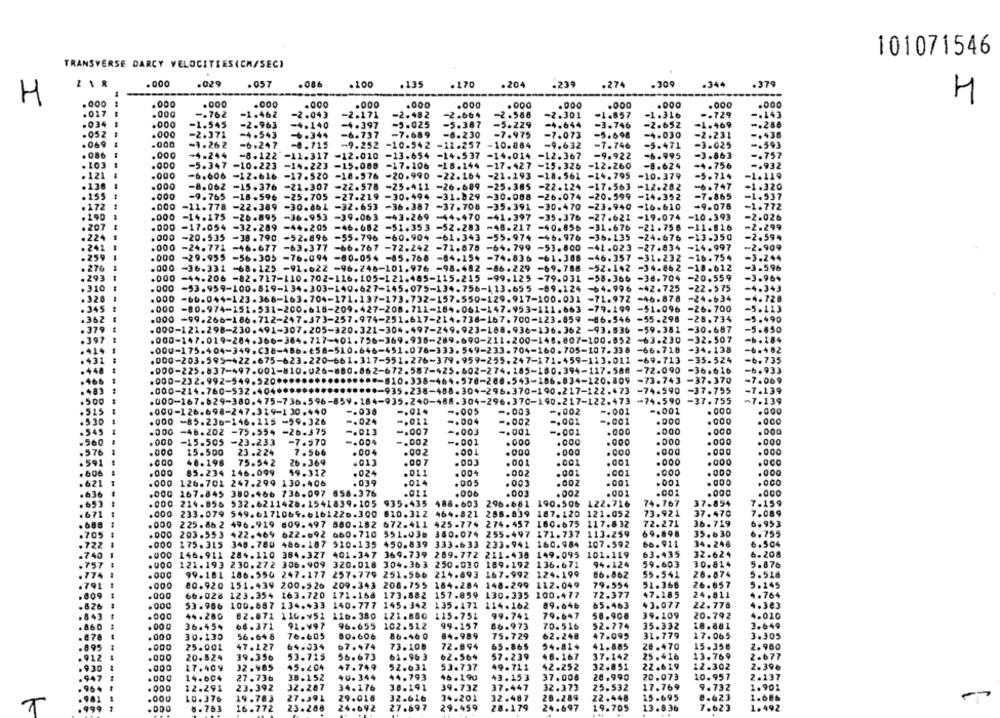
101071546
TRANSVERSE DARCY VELOCITIES(CM/SEC)
.029
.057
.086
.100
.135
.170
.204
-239
.274
.309
.344
.379
H
H
.000
.000
.000
.000
.000
.000
.000
.000
.000
.000
.000
.000
.000
.017
.000
-. 762
-1.462
-2.043
-2.171
-2.482
-2.664
-2.588
-2.301
-1.857
-1.316
-. 729
-. 143
-. 288
.034
.000
-1.545
-2.963
-4.140
-4.397
-5.025
-5.387
-5.229
-4.644
-3.746
-2.652
-1.469
.052
.000
-2.372
-4.543
-6.344
-6.737
-7.689
-6.230
-7.975
-7.073
-5.698
-4.030
-2.231
-. 438
.069
-9. 26 2
-6.247
-0.715
-9-252
-10-542
~11.257
-10.864
-9.632
-7.746
-5.471
-3.025
-. 593
. 086
.000
-4-244
-8.122
=11.317 -12.010
-13.654
-14.537
-14.014
-12.367
-9.922
-6.995
-3.863
-. 757
. 103
.000
-5.347
-10.223
-14.223
-15.060
-17.106
-18.144 -17.427
-15.325
-12.260
-8.624
-4.756
-. 932
---
. 121
.000
-6.606
-12.616
-17.520 -18.576
-20.990
-22.164 -21.193 -18.561 -14.795
-10.379
-5.714
-1.119
. 136
.000
-8.062
-15.376
-21.307
-22.578
-25.411
-26.689
-25.385
-22.124 -17.563 -12.282
-6.747
-1.320
.155
.000
-9.765
-18.596
-25.705 -27.219
-30.494
-31.829
-30.088 -26.074
-20.599 -14.352
-7.865
-1.537
. 172
-11.778 -22.389
-30.861 -32.653 -36.387 -37.708 -35.391 -30.470
-23.940 -16.610
-9.078
-1.772
. 290
.000
-26.895 -36.953 -39.063 -43.269 -44.470 -41.397 -35.376
-27.621 -19.074 -10.393
-2.026
-14.175
. 207
.000
-17.054 -32.289
-44.205 -46.662 -51.353
-52.283
-48.217 -40.856 -31.676 -21.756 -11.816
-2.299
.224
.000
-20.535 -38.790
-52.896 -55.796 -60.904 -61.343 -55.974 -46.976 -36.135 -24.676 -13.350
-2.594
. 241
.000
-24,771 -46.677 -63.377 -66.767 -72.242 -71.675 -64.799
-53.800 -41.023 -27.834 -14.997
-2.909
259
.000
-29.955 -56-305 -76.094 -80.054 -85.768 -84.154 -74.836 -61.308
-46.357 -31.232
-16.754
-3.244
. 276
.000 -36.331 -68.125 -91.622 -96.248-101.976 -98.482 -86.229 -69.788
-52.142 -34.862 -18.612
-3.596
.293
000 -44-206 -82.717-110.702-116.105-121.485-115.215 -99.125 -79.031 -58.366 -38.704 -20.559
-3.964
.310
000 -53.959-100.819-134.303-140.627-145.075-134.756-113.655 -89.124 -64.996 -42.725
-22.575
-4.343
. 32
000 -66.044-123.368-163.704-171.137-173.732-157.550-129.917-100.031 -71.972 -46.878
-24.634
-4.728
345
000 -80.974-151.532-200.618-209.427-208.711-184.061-147.953-111.663 -79.199 -51.096
-26.700
-5.113
362
000 -99.266-186.712-247.373-257.974-251.617-214.738-167.700-123.859 -86.546
=55.298
-28.734
-5.490
000-121.298-230.491-307.205-320.321-304.497-249.923-188.936-136.362 -93.536 -59.381
-30.687
-5.650
-b. 184
000-147.019-284.366-384.717-401.756-369.938-289.690-211.200-148.807-100.852 -63.230
-32.507
.000-175.404-349.C38-486-658-510.646-451.078-333.549-233.704-160.705-107.338 -66.718
-34.138
-0.482
-35-524
-b.735
.000-203.595-422.675-623.220-661.317-551.276-379.959-255.247-171.459-113.011
-69.713
000-225.837-497.001-810.026-880.862-672.587-425.602-274.185-180.394-117.588
-72.090
-36.616
-6.933
⑉000-232.992-549.520 ***
⑈000-810.338-464-570-288.543-186.834-120.809
-73.743
-37.370
-7.069
000-214.760-532.40400
*****- 935.238-488.304-296.370-190.217-122.473
-74.590
-37.755
-7.139
.500
000-167.629-380.475-736.596-859.184-935.240-488.304-296.370-190.217-122.473
-74.590
-37.755
7.139
.515
-. 005
-. 003
-. 001
. 000
.000
.000-126.698-247.319-130.440
-. 036
-. 014
-. 002
-. 001
.530
.000 -85.236-146.115 -59.326
-. 024
-. 012
-. 004
-. 002
-. 001
-. 001
.000
.545
.000
-46.202 -75.554 -26.375
-. 013
-. 007
-. 003
-. 001
-. 001
.000
.000
. 000
.000
.560
.OGD
-15.505
-23.233
-7.570
-. 002
-. 001
.000
.000
.000
.000
.000
.576
.000
15.500
23.224
7.566
. 004
.002
.000
. COO
.000
.000
.000
.000
.591
.000
48.198
75.542
26.369
.013
.007
.001
.001
.001
.000
. 606
.000
85.234
146.099
59.312
.024
.011
. 004
.002
.001
.001
.000
.ODO
.000
.000
.621
.000
126.701 247.299 130.406
. 039
.014
.005
. 003
.002
.001
.001
.636
167.845
380.466 736.097 858.376
.011
.006
.003
.00Z
.001
.001
.000
.000
. 653
.000
214.856
532.6211426.1541839.105
935.435
488.603
296.681
190.506
122.716
74.767
37.854
7.159
.671
233.079 549.6171069.6161220.300
810.312
464.821 256.839
187.120
121.052
73.921
37.470
7.089
. 688
. 000
225.862 496.919 809.497 880.182
672.411 425-774 274.457
180.675 117.832
72.271
36.719
6.953
69.898
6.755
.705
203.553
422.469
622.692 660.710 551.036 380.074 255.497 171.737 113.259
35.630
.722
.000
175.315 348.780
486-187 510-135 450.839 333.633 233.941 160.984 107.592
66.911
34.246
6.504
101.119
63.435
32-624
6.208
.740
146.911 284.110 384.327 401.347 369.739 269.772 211.438
149.095
.757
121.193 230.272 306.909 320.018 304.363 250.030 189.192 136.671
94.124
59.603
30.814
5.876
.774
.000
99.181 186.550 247.177 257.779 251.566 214.893 167.992 124.199
86.862
55.541
26.874
5.516
.791
.000
80.920 151.439 200.526 209.343 208.755 184.284 148.299 112.049
79.554
51.366
26.857
5.145
.009
.000
66.028
123.354 163.720 171.168
173.882 157.859 130.335 100.477
72.377
47.185
24.811
4.764
.000
100.687 134.433 140.777 145.342
135.171 114.162
65.463
43.077
22.778
4.303
.826
53.966
89.646
.843
.000
44.280
82.872 116.v52
116.380
121.860
115.751
99.741
79.647
58.908
39.109
20.792
4.010
.860
.000
36.454
66.371
91.997
96.655
102.512
99.157
86.973
70.516
52.774
35.332
18.881
3.649
.97
.000
30.130
56.64 8
76-605
80.606
86.460
84.989
75.729
62.248
47.095
31.779
17.065
3.305
.895
.000
25.002
47. 127
64.034
67.474
73.108
72.894
65.865
54.819
41.885
28.470
15.358
2.960
20.824
39.356
53.715
55.673
61.963
62.564
57.239
46. 167
37.142
25.416
13.769
2.677
17.409
32.985
45.204
47.749
52.632
53.737
49.721
42.252
32.851
22.619
12.302
2.396
4U.344
44.793
20.073
2.137
. 94
14.604
27.736
38.152
45.190
43.153
37.006
26.990
10.957
.96
12.291
23.392
32.287
34.176
38.191
39.732
37.447
32.373
25.532
17.769
9.732
1.901
.000
10.376
19.783
27.391
29.016
32.616
14-201
32.487
26-289
22.448
15.695
0.623
1.686
.981
T
.DDO
6.753
16.772
23.208
24.692
27.697
29.459
28.179
24.697
19.705
13.636
7.623
1.492